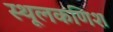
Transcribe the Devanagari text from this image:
स्थूलकणिश